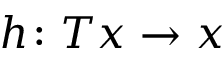
h \colon T x \to x